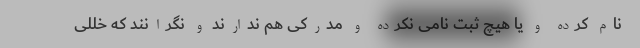
نام کرده و یا هیچ ثبت نامی نکرده و مدرکی هم ندارند و نگرانند که خللی